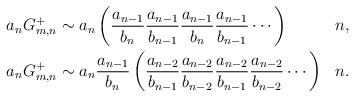
\begin{align*} \begin{aligned} & a_nG_{m,n}^+ \sim a_n \left( \frac{a_{n-1}}{b_n} \frac{a_{n-1}}{b_{n-1}} \frac{a_{n-1}}{b_n} \frac{a_{n-1}}{b_{n-1}} \cdots \right) & & n, \\ & a_nG_{m,n}^+ \sim a_n \frac{a_{n-1}}{b_n} \left( \frac{a_{n-2}}{b_{n-1}} \frac{a_{n-2}}{b_{n-2}} \frac{a_{n-2}}{b_{n-1}} \frac{a_{n-2}}{b_{n-2}} \cdots \right) & & n. \end{aligned} \end{align*}